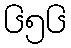
၆၅၆